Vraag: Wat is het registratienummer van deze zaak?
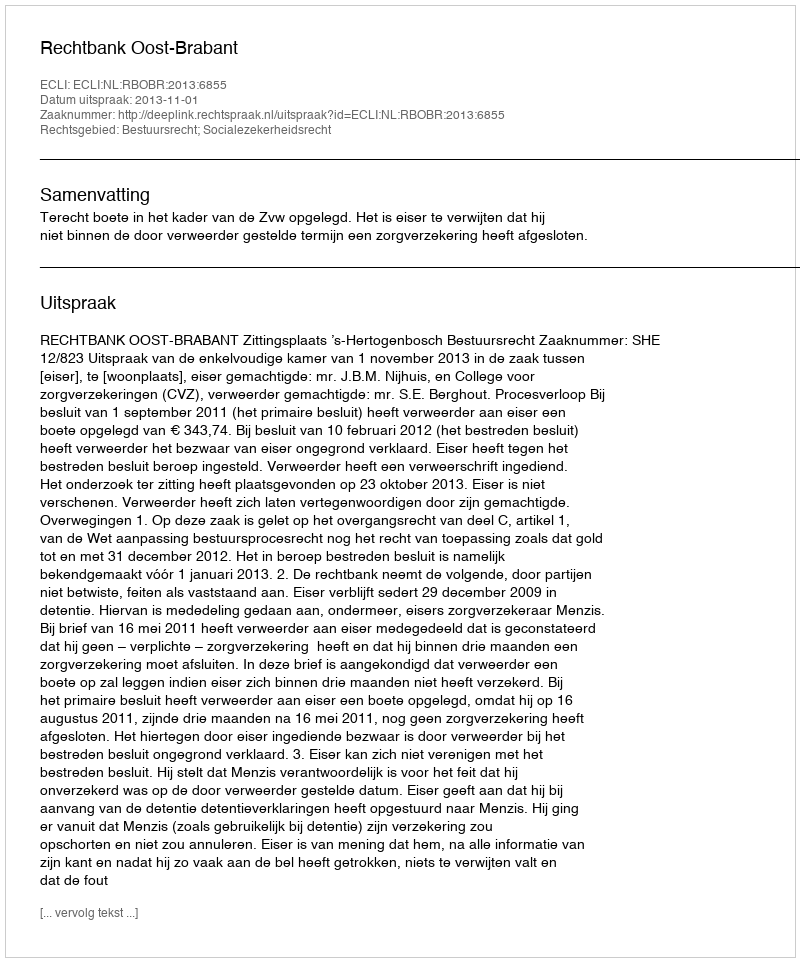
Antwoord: http://deeplink.rechtspraak.nl/uitspraak?id=ECLI:NL:RBOBR:2013:6855